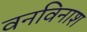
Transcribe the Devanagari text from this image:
वनविनाश